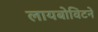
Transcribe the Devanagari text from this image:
लायबोविटने